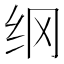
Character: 纲